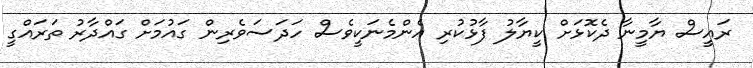
ރައީސް ޔާމީނާ ދެކޮޅަށް ކީޔާލު ފާޅުކުރި އެންމެނަކީވެސް ހަދަސަވެރިން ގައުމަށް ގައްދާރު ތަރައްގީ